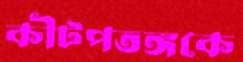
কীটপতঙ্গকে